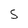
Character: s